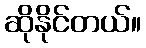
ဆိုနိုင်တယ်။